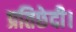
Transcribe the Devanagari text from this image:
प्रतिछेदी।